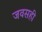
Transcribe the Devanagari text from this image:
जवसही